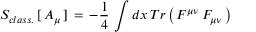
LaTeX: { \cal S } _ { c l a s s . } \, [ \, A _ { \mu } \, ] \, = \, - { \frac { 1 } { 4 } } \, \int d x \, T r \left( \, F ^ { \mu \nu } \, F _ { \mu \nu } \, \right)